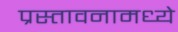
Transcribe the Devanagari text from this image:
प्रस्तावनामध्ये